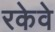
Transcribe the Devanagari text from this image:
रकेवे